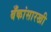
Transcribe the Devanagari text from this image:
बँकांसारखी